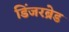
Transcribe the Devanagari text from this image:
डिंजरब्रेड